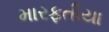
મારફતીયા